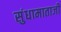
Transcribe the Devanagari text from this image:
सुंधामाताजी